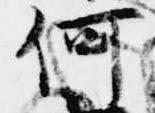
何